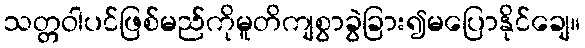
သတ္တဝါပင်ဖြစ်မည်ကိုမူတိကျစွာခွဲခြား၍မပြောနိုင်ချေ။